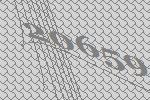
20659